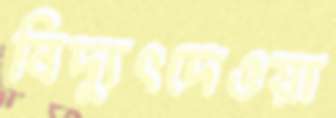
বিদ্যুৎদেওয়া